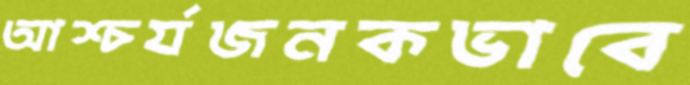
আশ্চর্যজনকভাবে